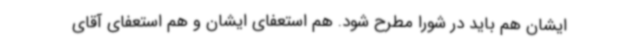
ایشان هم باید در شورا مطرح شود. هم استعفای ایشان و هم استعفای آقای